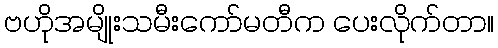
ဗဟိုအမျိုးသမီးကော်မတီက ပေးလိုက်တာ။